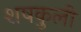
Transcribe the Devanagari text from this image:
शषकुली